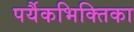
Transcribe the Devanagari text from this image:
पर्यैकभिक्तिका